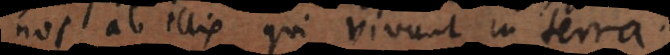
nos ab illis qui vivunt in terra.